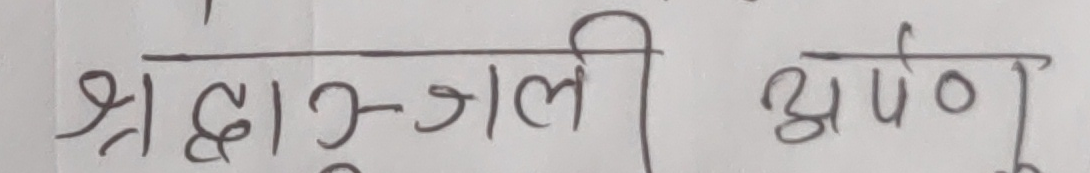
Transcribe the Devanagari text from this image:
श्रद्धाञ्जलि अर्पण